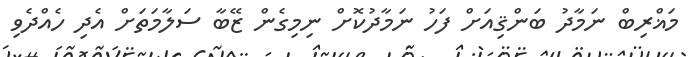
މަޣްރިބް ނަމާދު ބަންޤިއަށް ފަހު ނަމާދުކޮށް ނިމިގެން ޒޭބާ ސަލާމަތަށް އެދި ހެއްދެވި